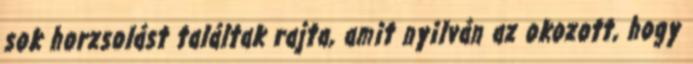
sok horzsolást találtak rajta, amit nyilván az okozott, hogy